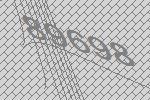
89698